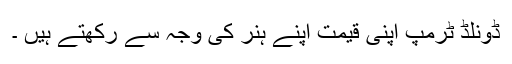
ڈونلڈ ٹرمپ اپنی قیمت اپنے ہنر کی وجہ سے رکھتے ہیں ۔